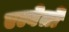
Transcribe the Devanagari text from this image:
एल्बेर्तो